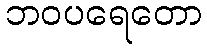
ဘဝပရေတော